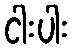
ငါးပါး